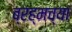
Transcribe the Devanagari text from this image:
ब्रह्मच्या